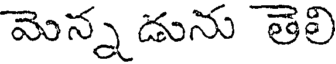
మెన్న డును తెలి